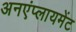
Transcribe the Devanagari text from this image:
अनएंप्लायमेंट